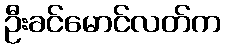
ဦးခင်မောင်လတ်က